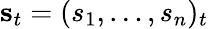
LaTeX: {\mathbf s}_{t}=(s_{1},\ldots,s_{n})_{t}